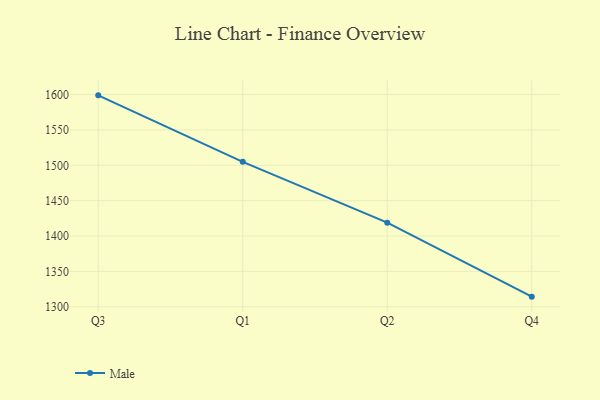
{"axis": {"x": "Quarter", "y": "Satisfaction Score"}, "legend": ["Male"], "data": [{"x": "Q3", "y": 1598.9, "type": "Male"}, {"x": "Q1", "y": 1504.9, "type": "Male"}, {"x": "Q2", "y": 1418.9, "type": "Male"}, {"x": "Q4", "y": 1314.3, "type": "Male"}]}